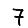
Digit: 7